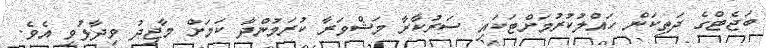
ބަޖެޓްގެ ދަތިކަން ހައްލުކުރުމަށްޓަކައި ސަރުކާރާ މަޝްވަރާ ކުރަމުންދާ ކަމަށް މާޖިދު ވިދާޅުވި އެވެ.